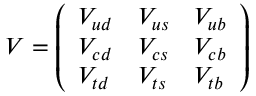
V = \left( \begin{array} { l l l } { { V _ { u d } } } & { { V _ { u s } } } & { { V _ { u b } } } \\ { { V _ { c d } } } & { { V _ { c s } } } & { { V _ { c b } } } \\ { { V _ { t d } } } & { { V _ { t s } } } & { { V _ { t b } } } \end{array} \right)